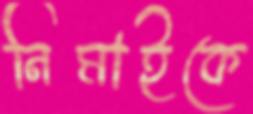
নিমাইকে